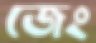
জেং